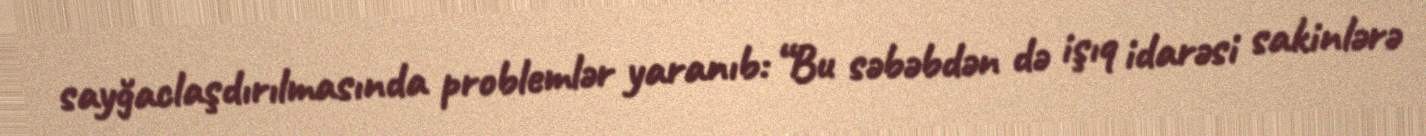
sayğaclaşdırılmasında problemlər yaranıb: “Bu səbəbdən də işıq idarəsi sakinlərə